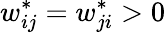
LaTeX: w_{ij}^{*}=w_{ji}^{*}>0